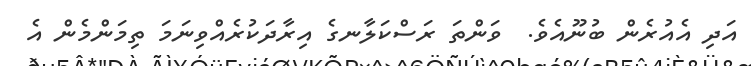
އަދި އެއުރެން ބުނޫއެވެ.  ވަންތަ ރަސްކަލާނގެ އިރާދަކުރެއްވިނަމަ ތިމަންމެން އެ